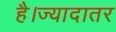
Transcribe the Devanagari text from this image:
है।ज्यादातर